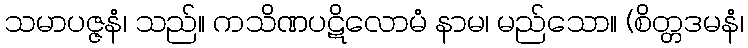
သမာပဇ္ဇနံ၊ သည်။ ကသိဏပဋိလောမံ နာမ၊ မည်သော။ (စိတ္တဒမနံ၊